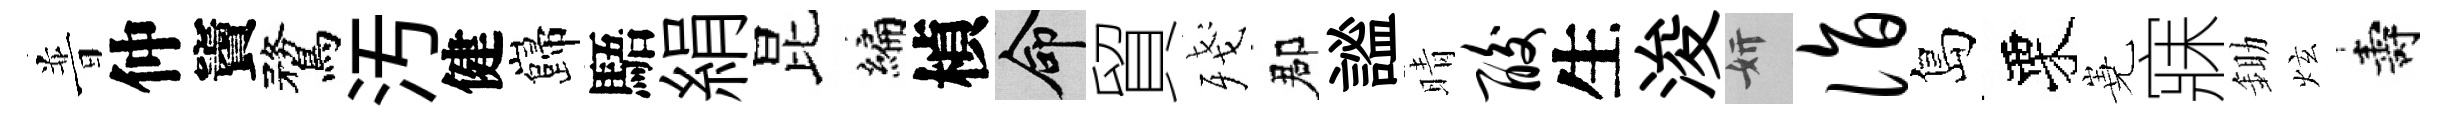
普仲竇鶩汚健巋䮏絹昆编楨命貿殘郡謐晴酸生浚妍诣島栗嶤寐鋤炫壽